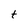
Character: t